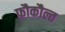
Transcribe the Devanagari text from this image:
फ़ौकौल्त